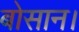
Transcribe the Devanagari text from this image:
बोसान।